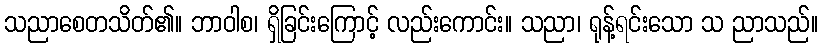
သညာစေတသိတ်၏။ ဘာဝါစ၊ ရှိခြင်းကြောင့် လည်းကောင်း။ သညာ၊ ရုန့်ရင်းသော သ ညာသည်။